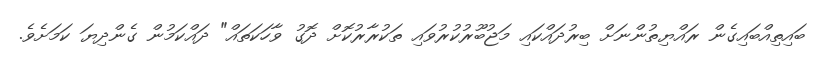
ބައިތިއްބައިގެން ރައްޔިތުންނަށް ބިރުދައްކައި މަޖުބޫރުކުރުވައި ތަކުރާރުކޮށް ދޮގު ވާހަކަތައް" ދައްކަމުން ގެންދިޔަ ކަމަށެވެ.